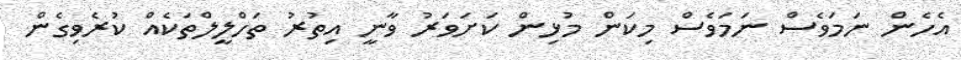
އެހެން ނަމަވެސް ނަމަވެސް މިކަން މުޅިން ކަށަވަރު ވާނީ އިތުރު ތަހްލީލްތަކެއް ކުރެވިގެން